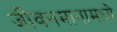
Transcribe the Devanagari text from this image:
जीवनमानामध्ये